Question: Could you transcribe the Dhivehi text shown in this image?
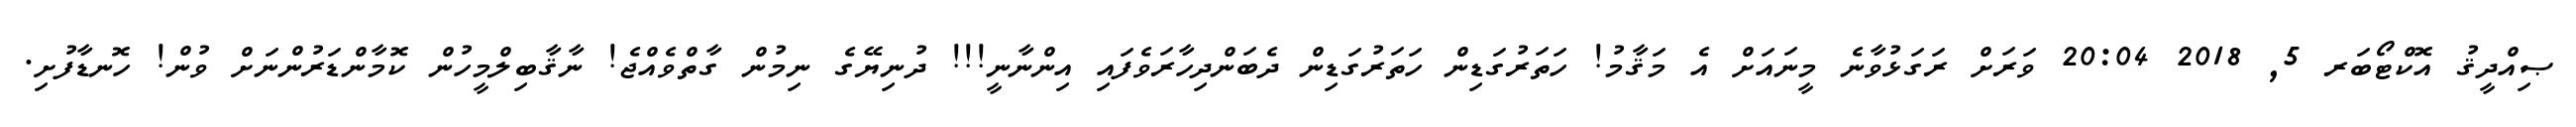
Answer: ޞިއްދީޤު އޮކްޓޯބަރ 5, 2018 20:04 ވަރަށް ރަގަޅުވާނެ މީނައަށް އެ މަޤާމު! ހަތަރުގަޑިން ހަތަރުގަޑިން ދެބަންދިހާރަވެފައި އިންނާނީ!!! ދުނިޔޭގެ ނިމުން ގާތްވެއްޖެ! ނާޤާބިލްމީހުން ކޮމާންޑަރުންނަށް ވުން! ހޮނޑާފުށި.